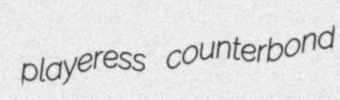
playeress counterbond